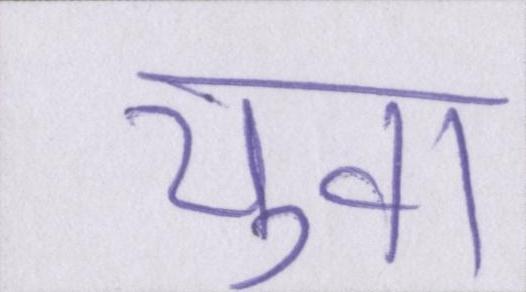
युवा